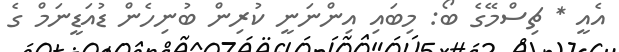
އެއީ * ޗިސްމޭގެ ބޯ: މިބައި އިންނަނީ ކުރިން ބުނިހެން ޑުއަޑީނަމް ގެ